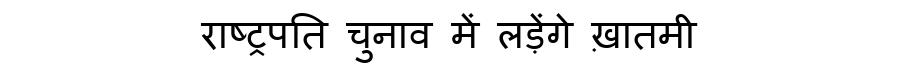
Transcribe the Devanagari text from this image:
राष्ट्रपति चुनाव में लड़ेंगे ख़ातमी